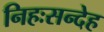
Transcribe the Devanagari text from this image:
निहःसन्देह